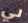
لي